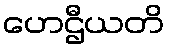
ဟေဌီယတိ